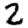
Digit: 2